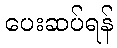
ပေးဆပ်ရန်